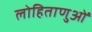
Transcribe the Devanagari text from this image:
लोहिताणुओं